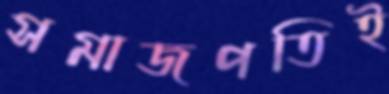
সমাজপতিই